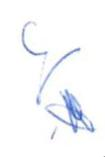
S/W